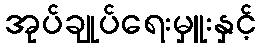
အုပ်ချုပ်ရေးမှူးနှင့်